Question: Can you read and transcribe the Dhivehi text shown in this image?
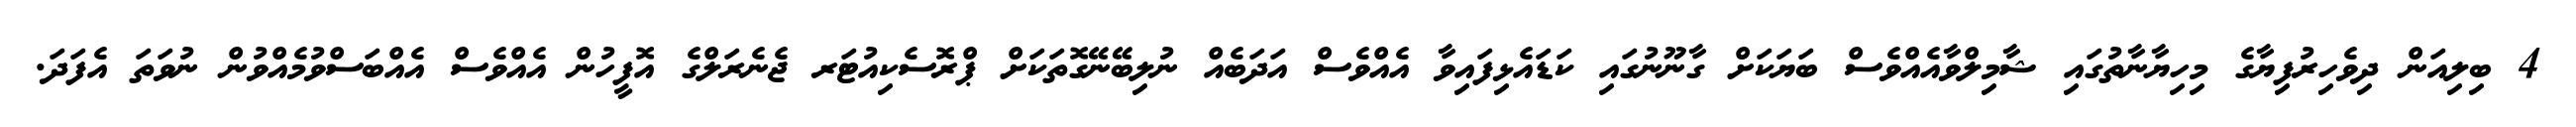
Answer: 4 ބިލިއަން ދިވެހިރުފިޔާގެ މިހިޔާނާތުގައި ޝާމިލްވާއެއްވެސް ބަޔަކަށް ގާނޫނުގައި ކަޑައެޅިފައިވާ އެއްވެސް އަދަބެއް ނުލިބޭނޭގޮތަކަށް ޕްރޮސެކިއުޓަރ ޖެނެރަލްގެ އޮފީހުން އެއްވެސް އެއްބަސްވުމެއްވުން ނުވަތަ އެފަދަ.